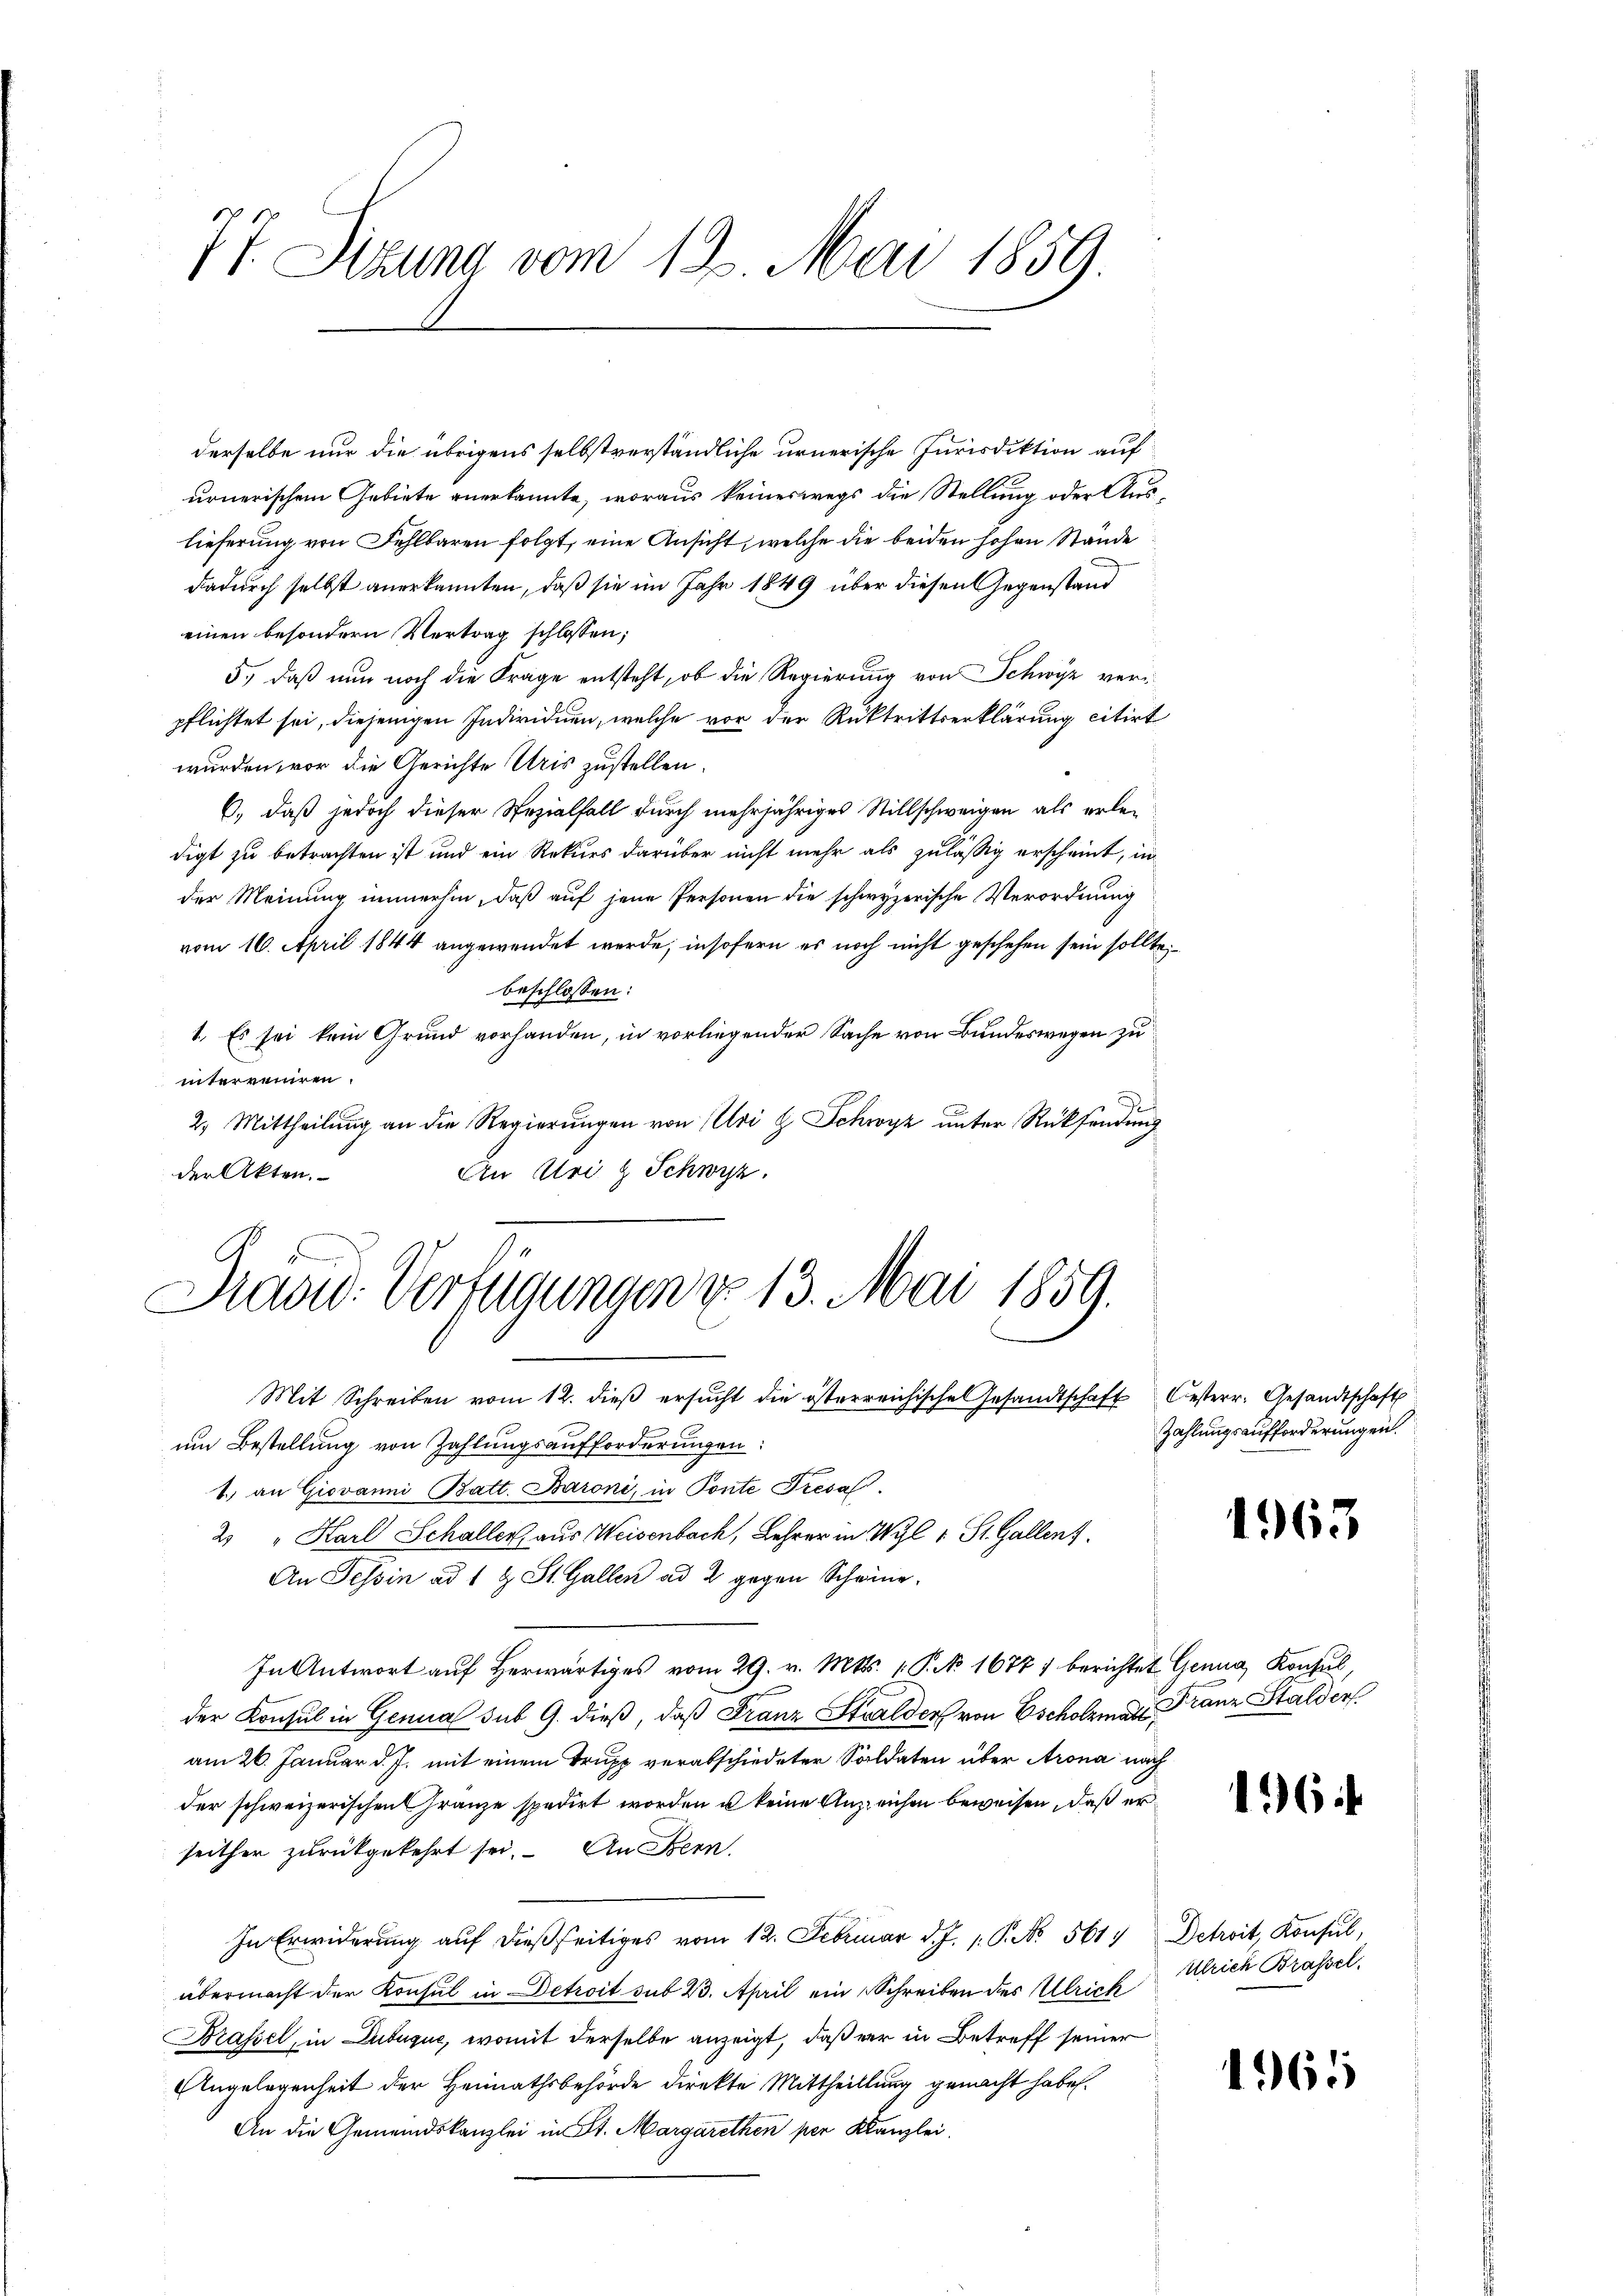
77. Sitzung vom 19. Mai 1859.

derselbe nur die übrigens selbstverständliche urnerische Jurisdiktion auf
urnerischem Gebiete anerkannte, woraus keineswegs die Stellung oder Auslieferung von Fehlbaren folgt, eine Ansicht, welche die beiden hohen Stande
dadurch selbst anerkannten, daß sie im Jahr 1849 über diesen Gegenstand
einen besondern Vertrag schlossen;
5., daß nun noch die Frage entsteht, ob die Regierung von Schwyz verpflichtet sei, diejenigen Individuen, welche vor der Rücktrittserklärung citirt
wurden vor die Gerichte Uris zustellen.
6., daß jedoch dieser Spezialfall durch mehrjähriges Stillschweigen als erledigt zu betrachten ist und ein Rekurs darüber nicht mehr als zulässig erscheint, in
der Meinung immerhin, daß auf jene Personen die schwyzerische Verordnung
vom 16. April 1844 angewendet werde, insofern es noch nicht geschehen sein sollte,
beschlossen:
1. Es sei kein Grund vorhanden, in vorliegender Sache von Bundeswegen zu
interreiren.
2. Mittheilung an die Regierungen von Uri H. Schwyz unter Rücksendung
An Uri & Schwyz.
der Akten.

Das: Verfügungen u. 13. Mai 1859.

Mit Schreiben vom 12. dieβ ersŭcht die österreichische Gesandtschaft Oesterr. Gesandtschaft
um Bestellung von Zahlungsaufforderungen:
1.) an Giovanni Batt. Baroni, in Ponte Tresal
2 " Karl Schaller, aus Weisenbach, Lehrer in Wyl 1 St. Gallenf
An Tessin ad 1 & St. Gallen ad 2 gegen Schwing,
In Antwort auf herwärtiges vom 29. v. Mts. 1 P. No 16777 berichtet Genua, Konsul
der Konsul in Genua sub 9. dieß, daß Franz Stalder von Escholz a Franz Stalder
am 26. Januar d. J. mit einem Trupp verabschiedeter Soldaten über Arona nach
der schweizerischen Franze spedirt worden u keine Anzeichen beweisen, daß er
seither zurückgekehrt sei. An Fern
In Erwiderung auf dießseitiges vom 12. Februar d. J. 1. P. No 561. Detroit, Konsul,
übermacht der Konsul in Detroit sub 23. April ein Schreiben des Ulrich
Brassel, in Dubuque, womit derselbe anzeigt, daß er in Betreff seiner
Angelegenheit der Heimathsbehörde direkte Mittheillung gemacht habe.
An die Gemeindskanzlei in St. Margarethen per Kanzlei,

Zahlungsaufforderungen.

4963.

1964

Ulrich Brassel.

1965